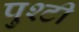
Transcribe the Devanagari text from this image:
पुश्टी